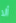
ألا